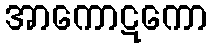
အာကောဋကော